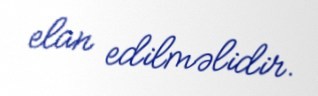
elan edilməlidir.